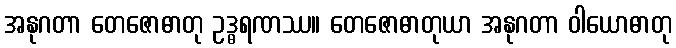
အနုဂတာ တေဇောဓာတု ဥဒ္ဓရဏဿ။ တေဇောဓာတုယာ အနုဂတာ ဝါယောဓာတု